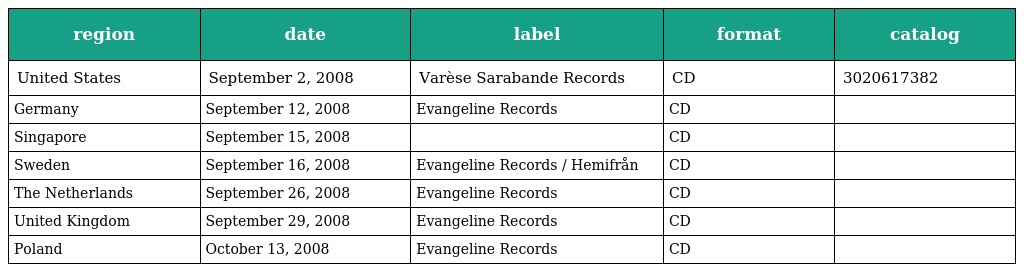
| region | date | label | format | catalog |
 | --- | --- | --- | --- | --- |
 | United States | September 2, 2008 | Varèse Sarabande Records | CD | 3020617382 |
 | Germany | September 12, 2008 | Evangeline Records | CD |  |
 | Singapore | September 15, 2008 |  | CD |  |
 | Sweden | September 16, 2008 | Evangeline Records / Hemifrån | CD |  |
 | The Netherlands | September 26, 2008 | Evangeline Records | CD |  |
 | United Kingdom | September 29, 2008 | Evangeline Records | CD |  |
 | Poland | October 13, 2008 | Evangeline Records | CD |  |